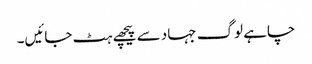
چاہے لوگ جہاد سے پیچھے ہٹ جائیں۔